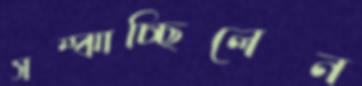
সম্‌ঝাচ্ছিলেন